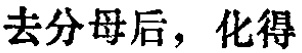
去分母后，化得